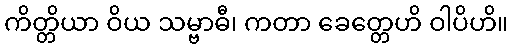
ကိတ္တိယာ ဝိယ သမ္ဗာဓီ၊ ကတာ ခေတ္တေဟိ ဝါပိဟိ။